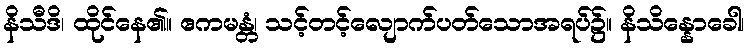
နိသီဒိ၊ ထိုင်နေ၏။ ဧကမန္တံ၊ သင့်တင့်လျောက်ပတ်သောအရပ်၌။ နိသိန္နောခေါ၊